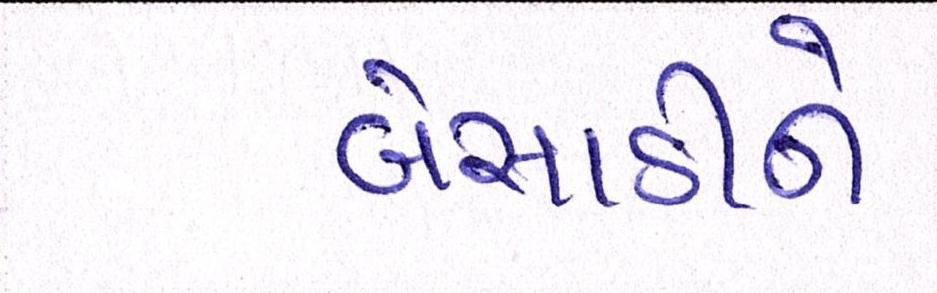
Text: બેસાડીને